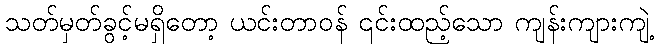
သတ်မှတ်ခွင့်မရှိတော့ ယင်းတာဝန် ၎င်းထည့်သော ကျန်းကျားကျဲ့